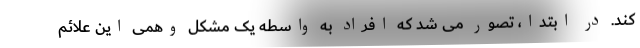
کند. در ابتدا، تصور می شد که افراد به واسطه یک مشکل وهمی این علائم